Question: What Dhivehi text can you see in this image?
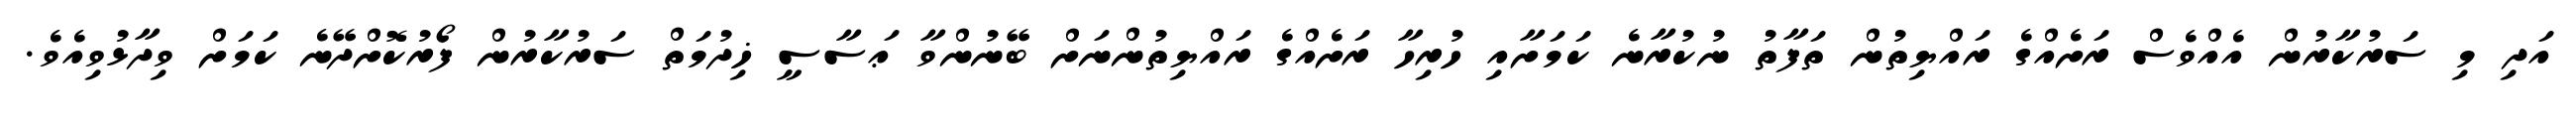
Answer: އަދި މި ސަރުކާރުން އެއްވެސް ރަށެއްގެ ރައްޔިތުން ތަފާތު ނުކުރާނެ ކަމަށާއި ހުރިހާ ރަށެއްގެ ރައްޔިތުންނަށް ބޭނުންވާ ޢަސާސީ ޚިދުމަތް ސަރުކާރުން ފޯރުކޮށްދޭނެ ކަމަށް ވިދާޅުވިއެވެ.